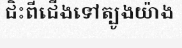
ជិះពីជើងទៅត្បូងយ៉ាង